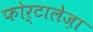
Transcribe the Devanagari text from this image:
फोर्टालेज़ा